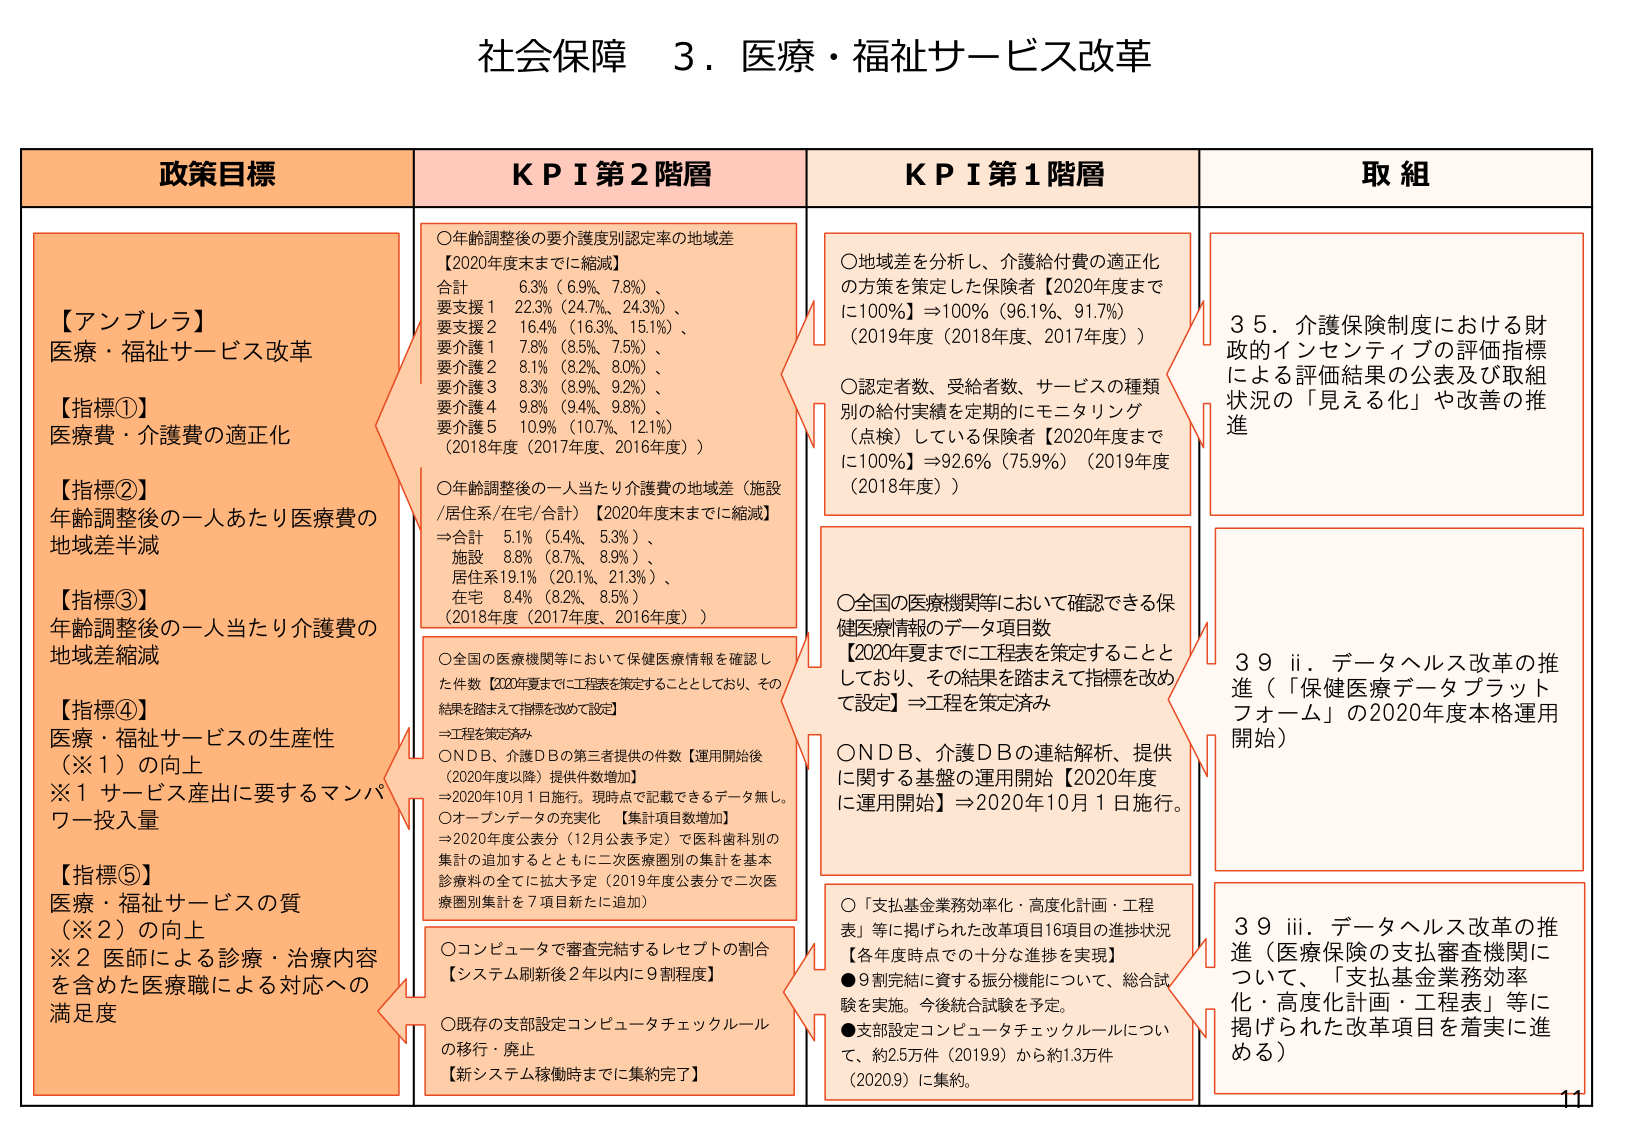
社会保障 3．医療・福祉サービス改革

政策目標

【アンブレラ】
医療・福祉サービス改革

【指標①】
医療費・介護費の適正化

【指標②】
年齢調整後の一人あたり医療費の
地域差縮減

【指標③】
年齢調整後の一人当たり介護費の
地域差縮減

【指標④】
医療・福祉サービスの生産性
（※１）の向上
※１ サービス産出に要するマンパ
ワー投入量

【指標⑤】
医療・福祉サービスの質
（※２）の向上
※２ 医師による診療・治療内容
を含めた医療職による対応への
満足度

KPI 第2階層

○年齢調整後の要介護度別認定率の地域差
【2020年度末までに縮減】
合計 6.3%（6.9%、7.8%）、
要支援1 22.3%（24.7%、24.3%）、
要支援2 16.4%（16.3%、15.1%）、
要介護1 7.8%（8.5%、7.5%）、
要介護2 8.1%（8.2%、8.0%）、
要介護3 8.3%（8.9%、9.2%）、
要介護4 9.8%（9.4%、9.8%）、
要介護5 10.9%（10.7%、12.1%）
（2018年度（2017年度、2016年度））

○年齢調整後の一人大当り介護費の地域差（施設
/居住系/在宅/合計）【2020年度末までに縮減】
⇒合計 5.1%（5.4%、5.3%）、
施設 8.8%（8.7%、8.9%）、
居住系19.1%（20.1%、21.3%）、
在宅 8.4%（8.2%、8.5%）
（2018年度（2017年度、2016年度））

○全国の医療機関等において保健医療情報を確認し
た件数【2020年夏までに工程表を策定することとしており、その
結果を踏まえて指標を改めて設定】
⇒工程を策定済み
OND B、介護ＤＢの第三者提供の件数【運用開始後
（2020年度以降）提供件数増加】
⇒2020年10月1日施行。現時点で記載できるデータ無し。
○オープンデータの充実化 【集計項目数増加】
⇒2020年度公表分（12月公表予定）で医科歯科別の
集計の追加するとともに二次医療圏別の集計を基本
診療料の全てに拡大予定（2019年度公表分で二次医
療圏別集計を7項目新たに追加）

○コンピュータで審査完結するレセプトの割合
【システム刷新後2年以内に9割程度】

○既存の支部設定コンピュータチェックルール
の移行・廃止
【新システム稼働時までに集約完了】

KPI 第1階層

○地域差を分析し、介護給付費の適正化
の方策を策定した保険者【2020年度まで
に100%】⇒100%（96.1%、91.7%）
（2019年度（2018年度、2017年度））

○認定者数、受給者数、サービスの種類
別の給付実績を定期的にモニタリング
（点検）している保険者【2020年度まで
に100%】⇒92.6%（75.9%）（2019年度
（2018年度））

○全国の医療機関等において確認できる保
健医療情報のデータ項目数
【2020年夏までに工程表を策定することと
しており、その結果を踏まえて指標を改め
て設定】⇒工程を策定済み
OND B、介護ＤＢの連結解析、提供
に関する基盤の運用開始【2020年度
に運用開始】⇒2020年10月1日施行。

○「支払基金業務効率化・高度化計画・工程
表」等に掲げられた改革項目16項目の進捗状況
【各年度時点での十分な進捗を実現】
●9割完結に資する振分機能について、総合試
験を実施。今後統合試験を予定。
●支部設定コンピュータチェックルールについ
て、約2.5万件（2019）から約1.3万件
（2020.9）に集約。

取組

35．介護保険制度における財
政的インセンティブの評価指標
による評価結果の公表及び取組
状況の「見える化」や改善の推
進

39 ii．データヘルス改革の推
進（「保健医療データプラット
フォーム」の2020年度本格運用
開始）

39 iii．データヘルス改革の推
進（医療保険の支払審査機関に
ついて、「支払基金業務効率
化・高度化計画・工程表」等に
掲げられた改革項目を着実に進
める）

11